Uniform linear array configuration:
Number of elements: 48
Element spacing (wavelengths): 0.25
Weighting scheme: cosine
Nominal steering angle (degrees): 15
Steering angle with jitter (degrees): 13.347
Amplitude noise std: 0.05
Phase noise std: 0.05

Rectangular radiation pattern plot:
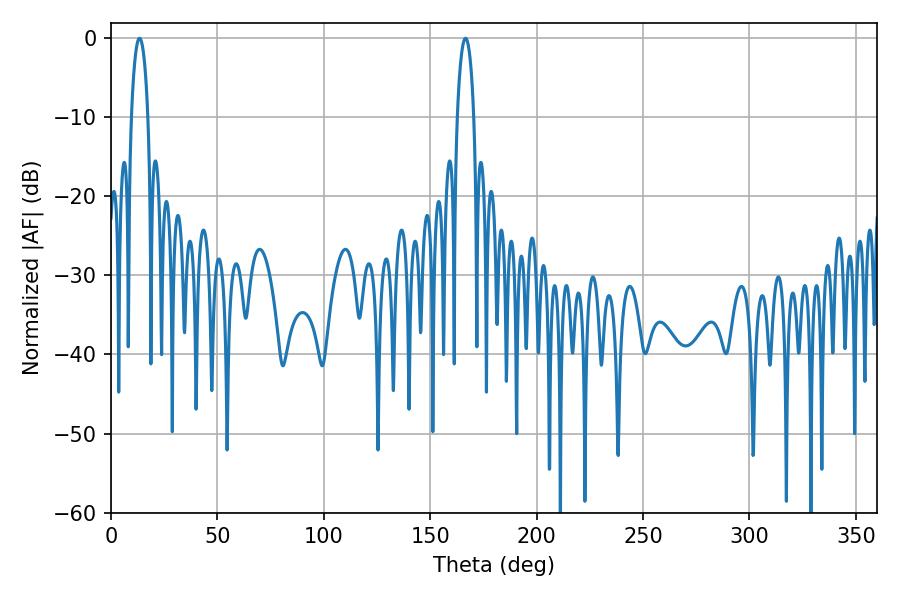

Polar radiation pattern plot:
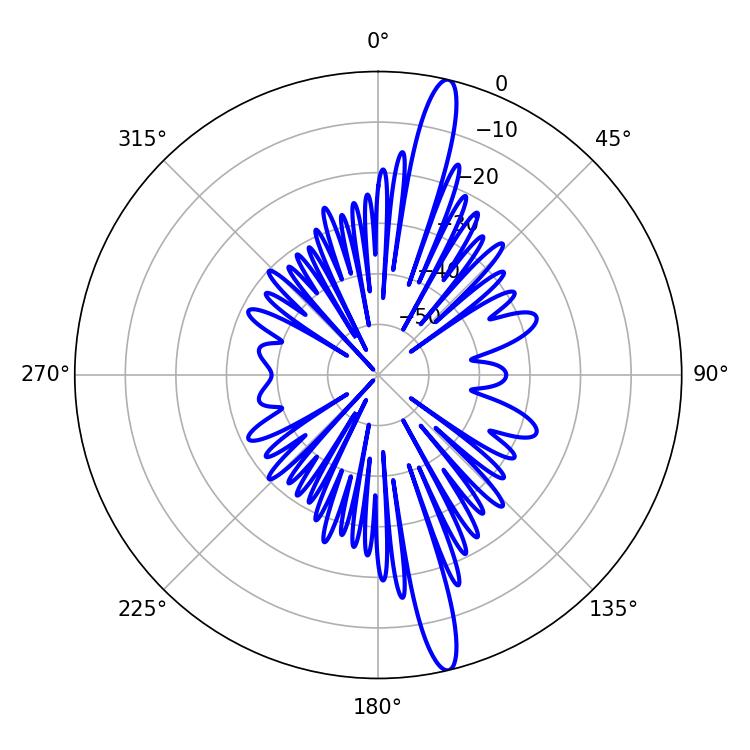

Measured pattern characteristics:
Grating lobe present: FALSE
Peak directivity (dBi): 16.934
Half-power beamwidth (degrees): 4.5
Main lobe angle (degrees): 13.32